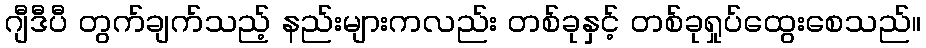
ဂျီဒီပီ တွက်ချက်သည့် နည်းများကလည်း တစ်ခုနှင့် တစ်ခုရှုပ်ထွေးစေသည်။